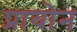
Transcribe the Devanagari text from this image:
प्रायोन